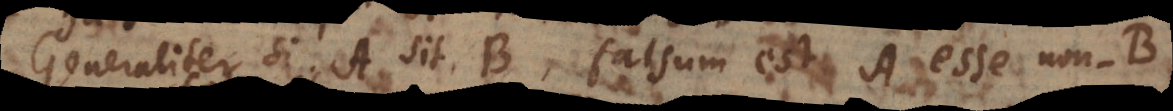
Generaliter si A sit B, falsum est A esse non-B.